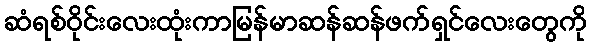
ဆံရစ်ဝိုင်းလေးထုံးကာမြန်မာဆန်ဆန်ဖက်ရှင်လေးတွေကို